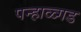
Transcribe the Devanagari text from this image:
पन्हाळ्गड